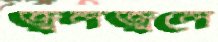
জ্বলজ্বলে